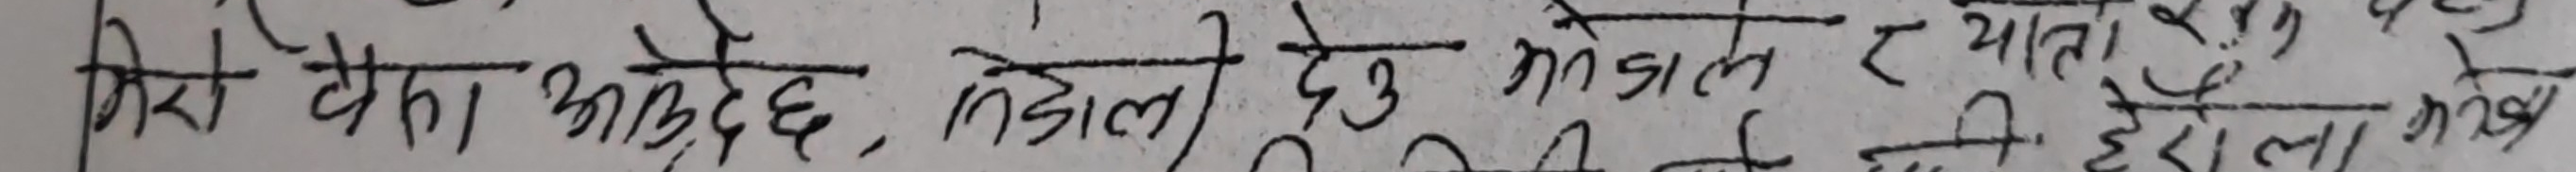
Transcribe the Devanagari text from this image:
गिरो मेरो आइदेछ, तेस्रोलाई देख्दा अनि र माता शुक्ला छोरीलाई गएछ।